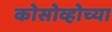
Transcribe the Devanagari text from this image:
कोसोव्होच्या